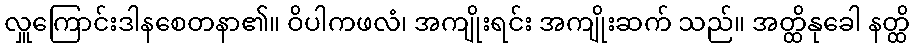
လှူကြောင်းဒါနစေတနာ၏။ ဝိပါကဖလံ၊ အကျိုးရင်း အကျိုးဆက် သည်။ အတ္ထိနုခေါ နတ္ထိ